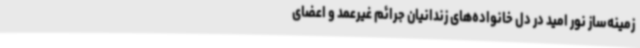
زمینه‌ساز نور امید در دل خانواده‌های زندانیان جرائم غیرعمد و اعضای